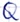
Text: Q